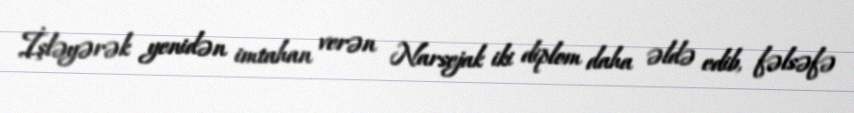
İşləyərək yenidən imtahan verən Narsejak iki diplom daha əldə edib, fəlsəfə